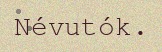
Névutók.